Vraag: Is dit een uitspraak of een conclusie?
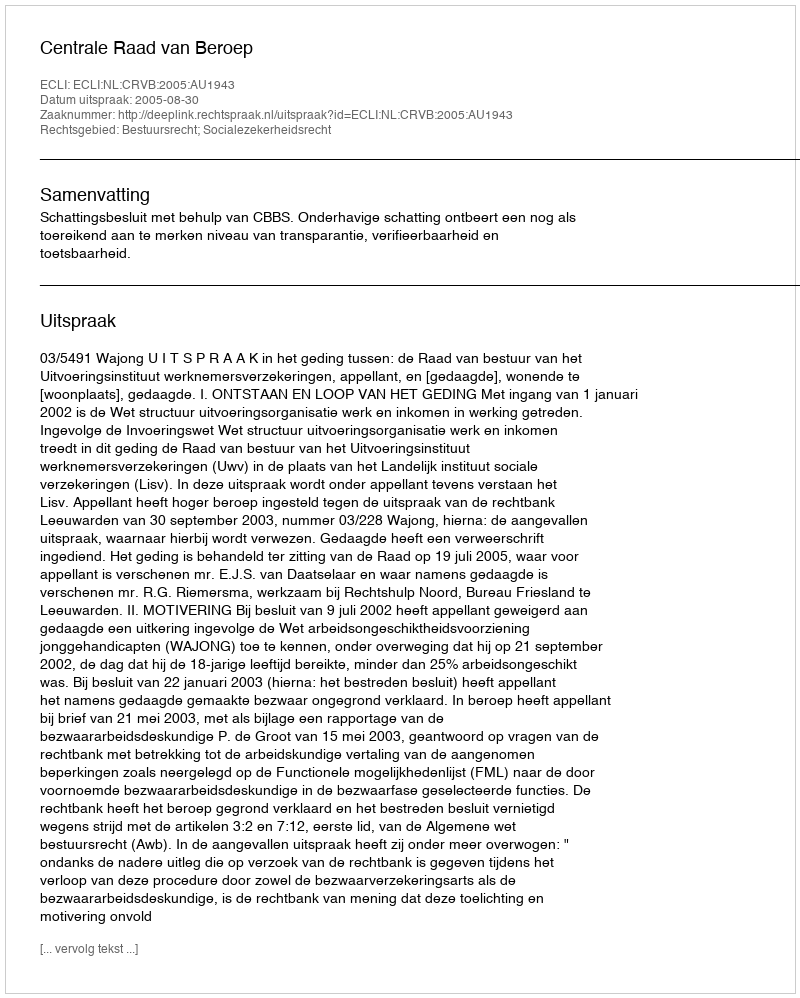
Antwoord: Uitspraak